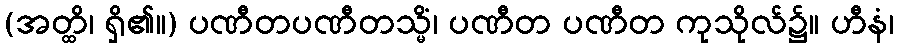
(အတ္ထိ၊ ရှိ၏။) ပဏီတပဏီတသ္မိံ၊ ပဏီတ ပဏီတ ကုသိုလ်၌။ ဟီနံ၊